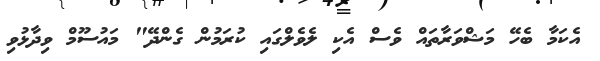
އެކަމާ ބެހޭ މަޝްވަރާތައް ވެސް އެކި ލެވެލްގައި ކުރަމުން ގެންދޭ" މައުސޫމް ވިދާޅުވި